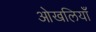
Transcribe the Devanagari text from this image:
ओखलियाँ